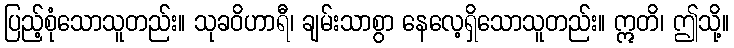
ပြည့်စုံသောသူတည်း။ သုခဝိဟာရီ၊ ချမ်းသာစွာ နေလေ့ရှိသောသူတည်း။ ဣတိ၊ ဤသို့။